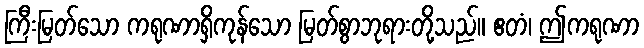
ကြီးမြတ်သော ကရုဏာရှိကုန်သော မြတ်စွာဘုရားတို့သည်။ ဧတံ၊ ဤကရုဏာ